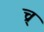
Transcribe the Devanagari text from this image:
च्र्